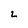
Character: 2